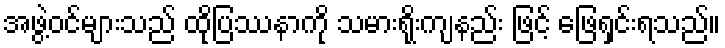
အဖွဲ့ဝင်များသည် ထိုပြဿနာကို သမားရိုးကျနည်း ဖြင့် ဖြေရှင်းရသည်။